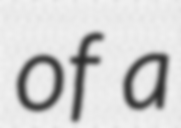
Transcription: of a